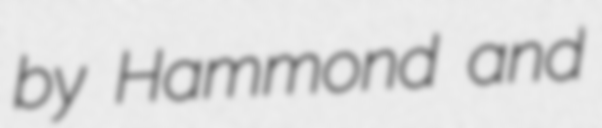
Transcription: by Hammond and